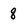
Character: 8